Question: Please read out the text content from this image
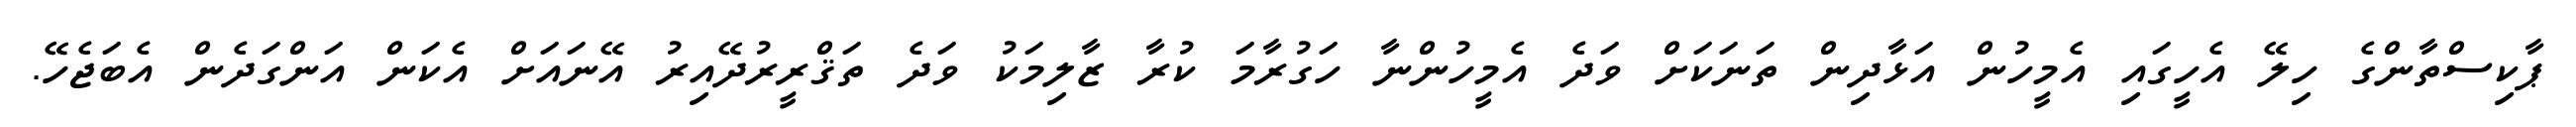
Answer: ޕާކިސްތާންގެ ހިލޭ އެހީގައި އެމީހުން އަޅާދިން ތަނަކަށް ވަދެ އެމީހުންނާ ހަގުރާމަ ކުރާ ޒާލިމަކު ވަދެ ތަޤްރީރުދޭއިރު އޭނައަށް އެކަން އަންގަދެން އެބަޖެހޭ.